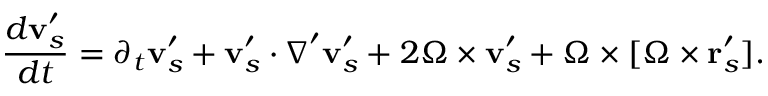
\frac { d \mathbf v _ { s } ^ { \prime } } { d t } = \partial _ { t } \mathbf v _ { s } ^ { \prime } + \mathbf v _ { s } ^ { \prime } \cdot \boldsymbol \nabla ^ { \prime } \mathbf v _ { s } ^ { \prime } + 2 \boldsymbol \Omega \times \mathbf v _ { s } ^ { \prime } + \boldsymbol \Omega \times [ \boldsymbol \Omega \times \mathbf r _ { s } ^ { \prime } ] .